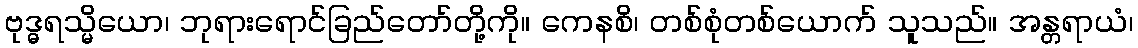
ဗုဒ္ဓရသ္မိယော၊ ဘုရားရောင်ခြည်တော်တို့ကို။ ကေနစိ၊ တစ်စုံတစ်ယောက် သူသည်။ အန္တရာယံ၊